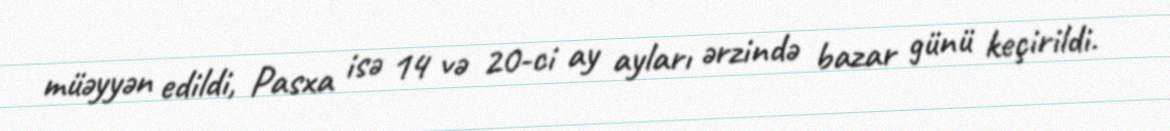
müəyyən edildi, Pasxa isə 14 və 20-ci ay ayları ərzində bazar günü keçirildi.